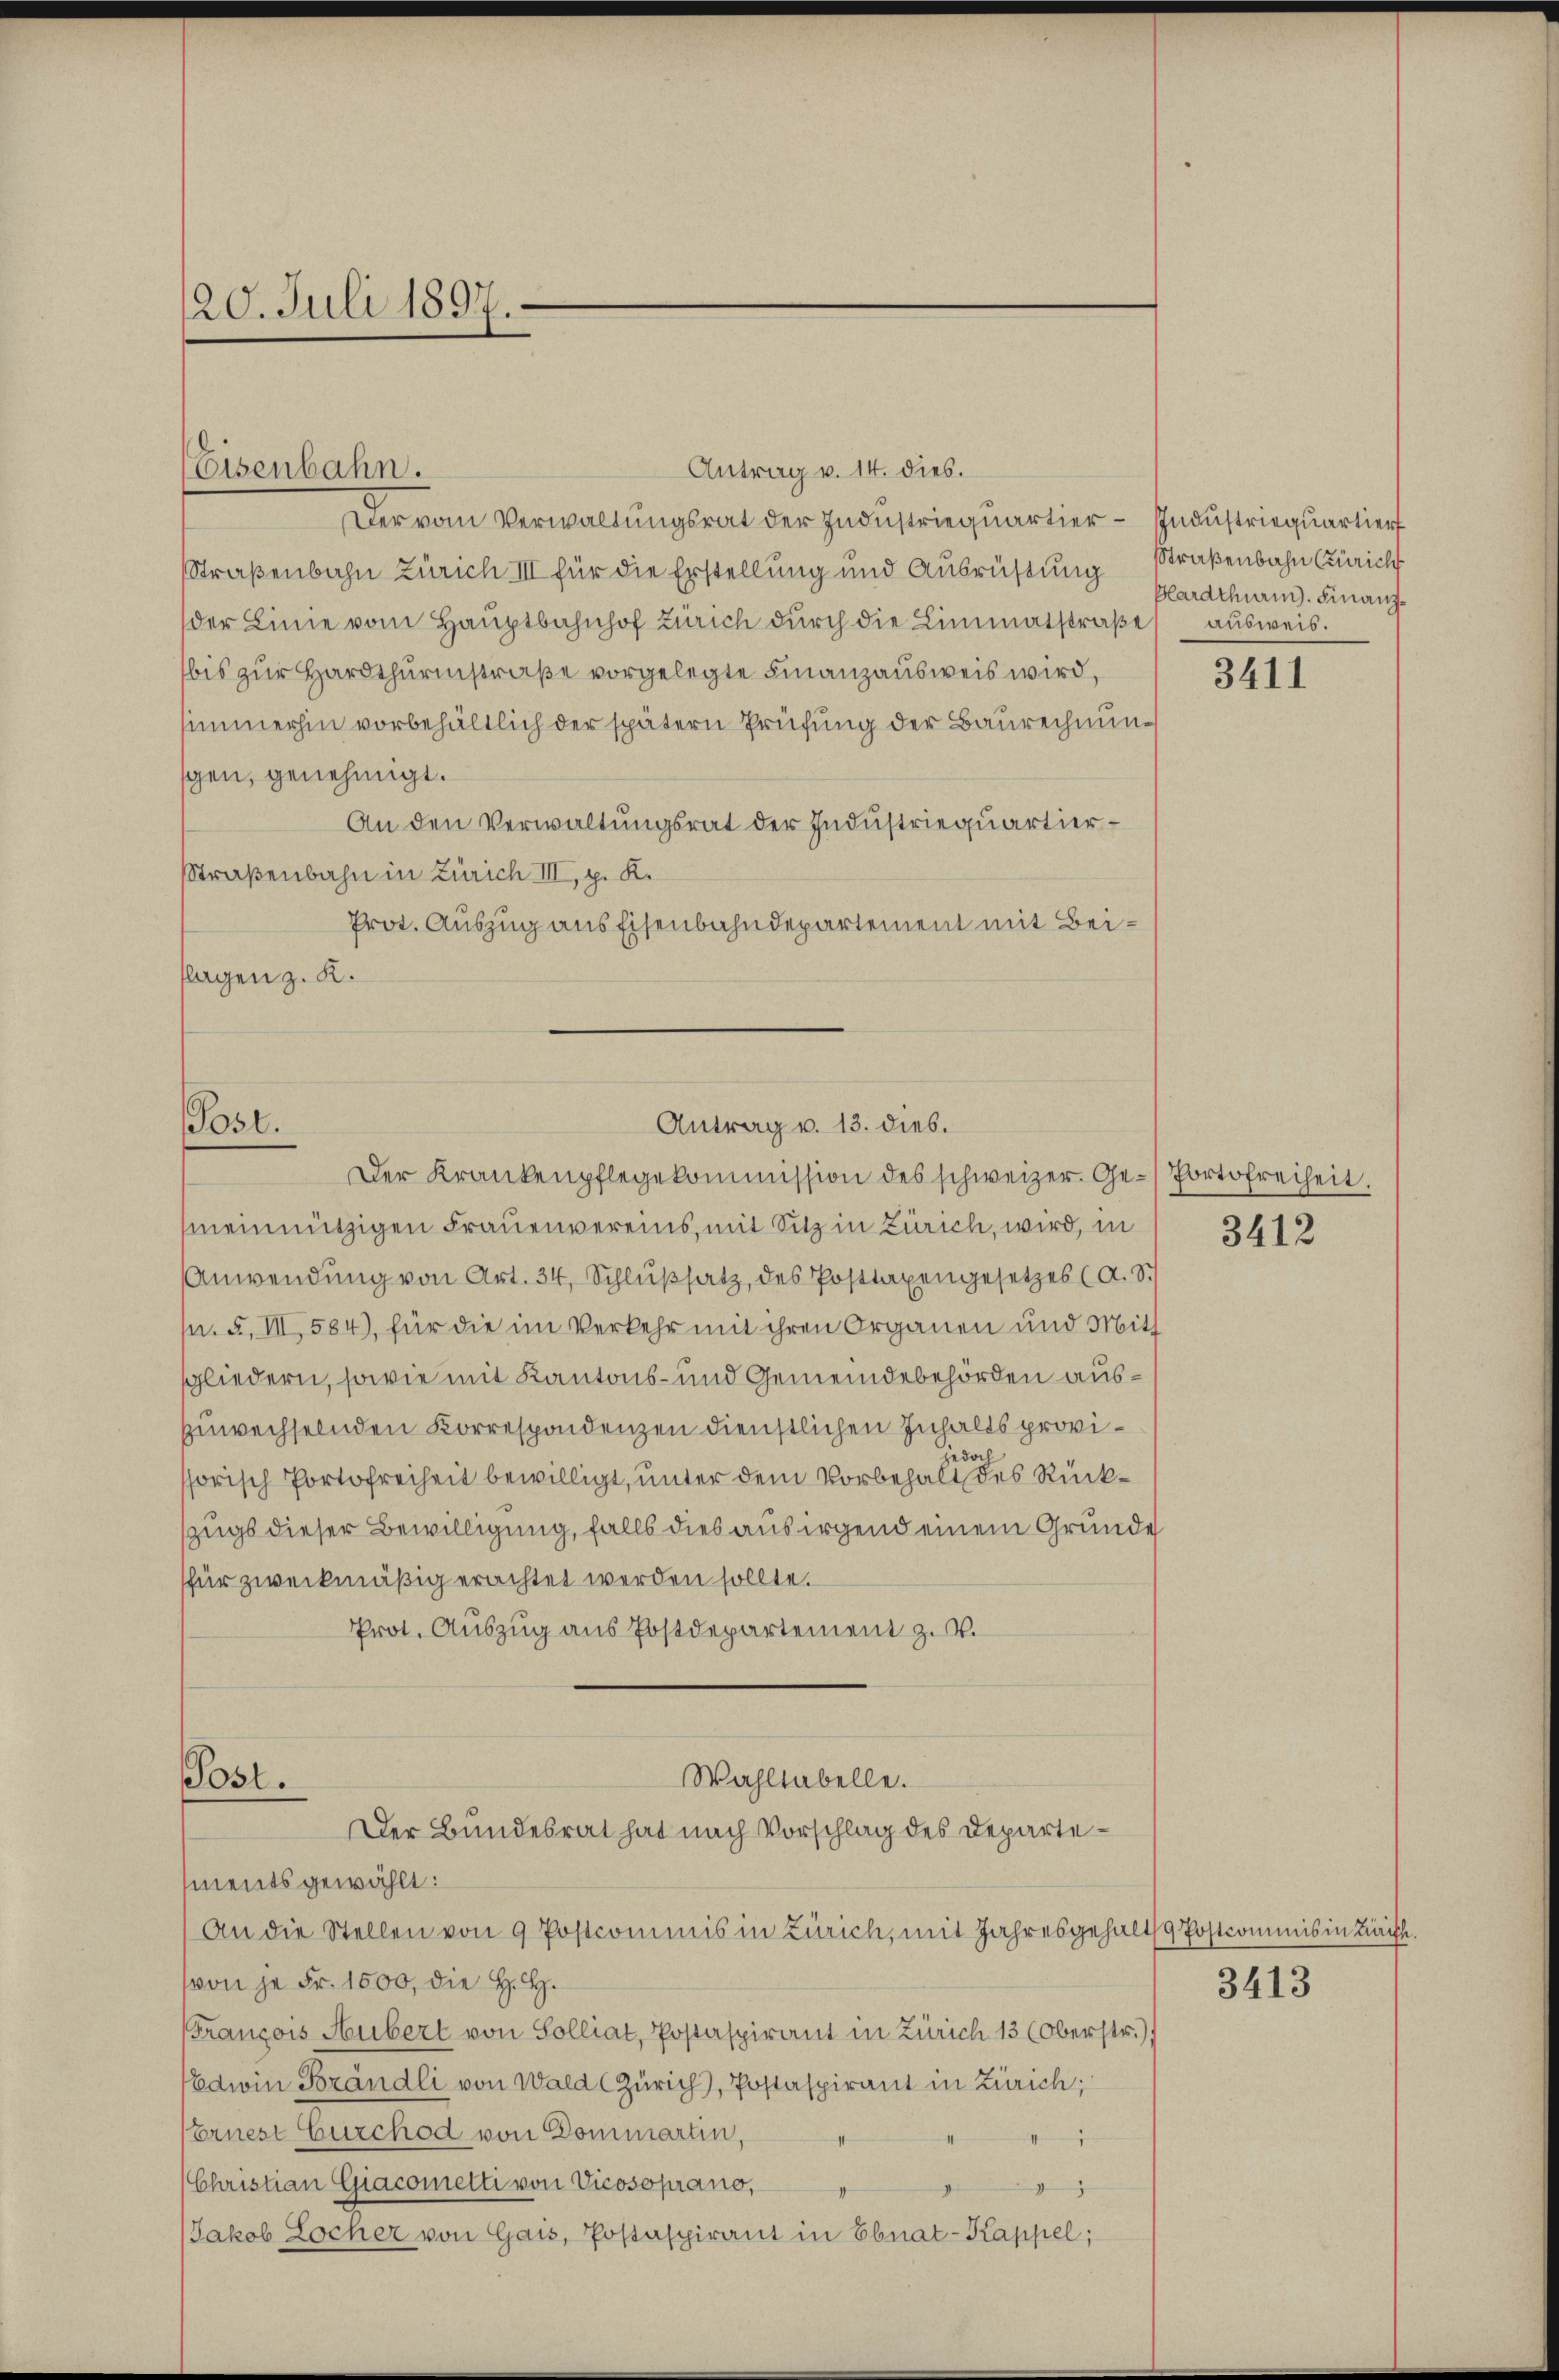
20. Juli 1897.

Antrag v. 14. dies.
Der vom Verwaltungsrat der Industriequartier-Industriequartier
Straßenbahn Zürich III für die Erstellung und Ausrüstung Straßenbahn Zürich
der Linie vom Hauptbahnhof Zürich durch die Limmatstraße
bis zur Hardthurmstraße vorgelegte Finanzausweis wird,
simmerhin vorbehältlich der spätern Prüfung der Baurechnungen, genehmigt.
An den Verwaltungsrat der Industriequartier¬
Straßenbahn in Zürich III, p. K.
Prot. Auszug aus Eisenbahndepartement mit Beiflagen z. K.

Eisenbahn.

Antrag v. 13. dies.
Post.
Der Krankenpflegekommission des schweizer. Ge-Portofreiheit.

Wahltabelle.
Post.
Der Bundesrat hat nach Vorschlag des Departe¬

ments gewählt:
An die Stellen von 9 Postcommis in Zürich, mit Jahresgehalt Postcommis in Kracht.
(von je Fr. 1000, die H. H.
Franzois Hubert von Solliat, Postaspirant in Zürich 13 (Oberstr.)
Edwin Brändli von Wald (Zürich), Postaspirant in Zürich;
Ernest Curchod von Dommartin,
r
(Christian Giacometti von Vicosoprano,
g
Jakob Locher von Gais, Postaspirant in Ebnat-Kappel;

meinnützigen Frauenvereins, mit Sitz in Zürich, wird, in
Anwendung von Art. 34, Schlußsatz, des Posttaxengesetzes (a. St
n. F. III 584), für die im Verkehr mit ihren Organen und Mitt
sgliedern, sowie mit Kantons- und Gemeindebehörden auszuwechselnden Korrespondenzen dienstlichen Inhalts provissorisch Portofreiheit bewilligt, unter dem Vorbehalt des Rückszugs dieser Bewilligung, falls dies aus irgend einem Grunde
für zweckmäßig erachtet werden sollte.
Prot. Auszug aus Postdepartement z. B.

Blardthuren. Finanzausweis.

3411

3412

3413